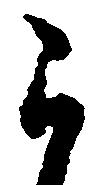
ら